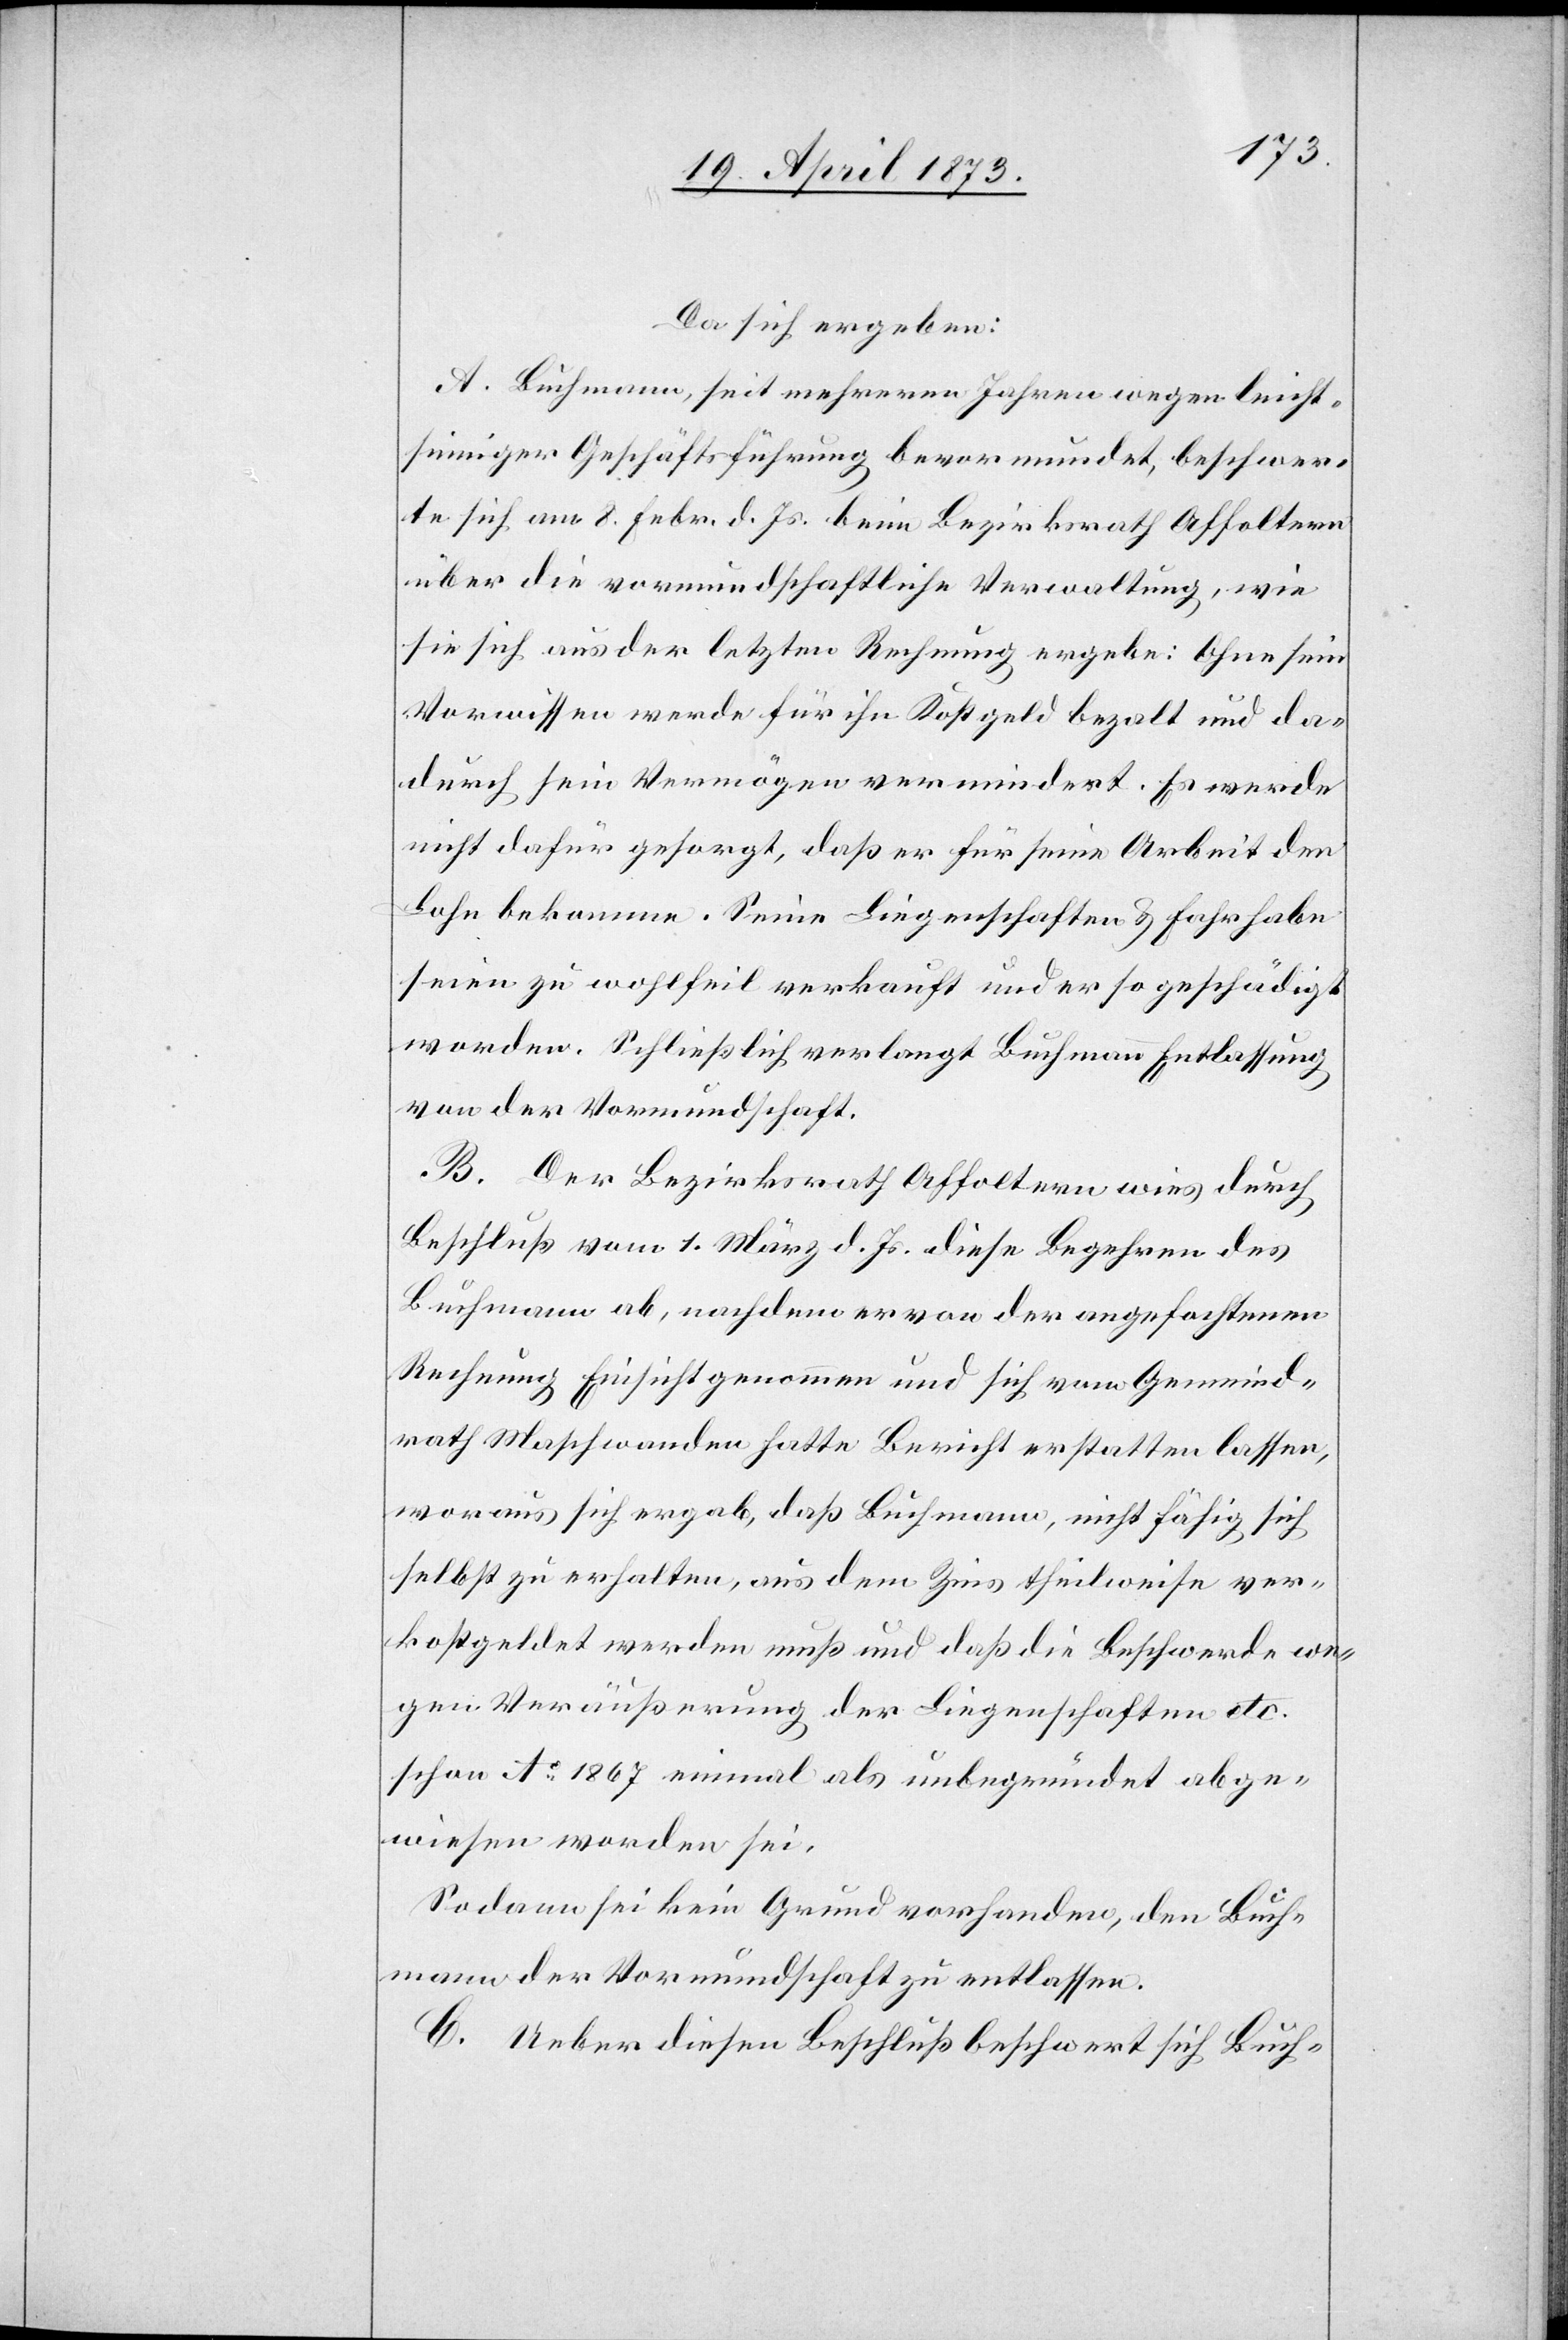
Da sich ergeben:
A. Buchmann, seit mehreren Jahren wegen leicht¬
sinniger Geschäftsführung bevormundet, beschwer¬
te sich am 8. Febr. d. Js. beim Bezirksrath Affoltern
über die vormundschaftliche Verwaltung, wie
sie sich aus der letzten Rechnung ergebe: Ohne sein
Vorwissen werde für ihn Kostgeld bezalt [sic!]
dadurch sein Vermögen vermindert. Es werde
nicht dafür gesorgt, daß er für seine Arbeit den
Lohn bekomme. Seine Liegenschaften & Fahrhabe
seien zu wohlfeil verkauft und er so geschädigt
worden. Schließlich verlangt Buchmann Entlassung
von der Vormundschaft.
B. Der Bezirksrath Affoltern wies durch
Beschluß vom 1. März d. Js. diese Begehren des
Buchmann ab, nachdem er von der angefochtenen
Rechnung Einsicht genommen und sich vom Gemeind¬
rath Maschwanden hatte Bericht erstatten lassen,
woraus sich ergab, daß Buchmann, nicht fähg sich
selbst zu erhalten, aus dem Zins theilweise ver¬
kostgeldet werden muß und daß die Beschwerde we¬
gen Veräußerung der Liegenschaften etc.
schon Ao 1867 einmal als unbegründet abge¬
wiesen worden sei.
Sodann sei kein Grund vorhanden, den Buch¬
mann der Vormundschaft zu entlassen.
C. Ueber diesen Beschluß beschwert sich Buch-